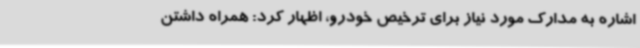
اشاره به مدارک مورد نیاز برای ترخیص خودرو، اظهار کرد: همراه داشتن